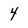
Character: 4